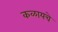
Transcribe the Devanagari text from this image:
कळायचे